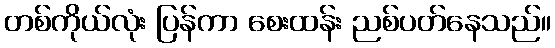
တစ်ကိုယ်လုံး ပြန်ကာ စေးထန်း ညစ်ပတ်နေသည်။